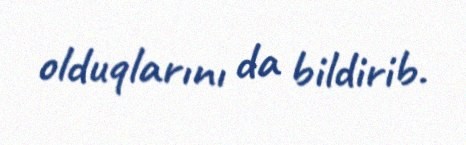
olduqlarını da bildirib.